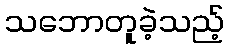
သဘောတူခဲ့သည့်